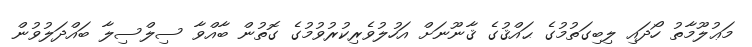
މަޢުލޫމާތު ހޯދައި ލިބިގަތުމުގެ ޙައްޤުގެ ޤާނޫނަށް އަހުލުވެރިކުރުވުމުގެ ގޮތުން ބާއްވާ ސިލްސިލާ ބައްދަލުވުން